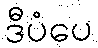
ဒီပံပေ